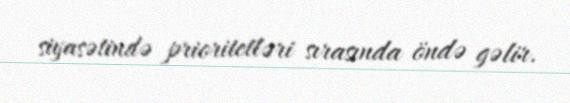
siyasətində prioritetləri sırasında öndə gəlir.